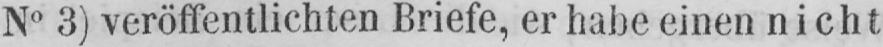
N° 3) veröffentlichten Briefe, er habe einen nicht